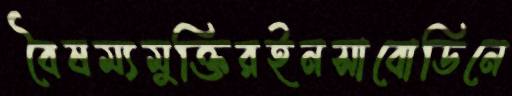
বৈষম্যমুক্তিরইনসাবোডিনে